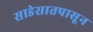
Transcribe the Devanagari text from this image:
साडेसातपासून